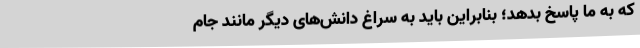
که به ما پاسخ بدهد؛ بنابراین باید به سراغ دانش‌های دیگر مانند جام